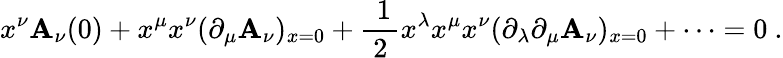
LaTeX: x^{\nu}{\cal\mathbf{A}}_{\nu}(0)+x^{\mu}x^{\nu}(\partial_{\mu}{\cal\mathbf{A}}_{\nu})_{x=0}+\mathrm{{\frac{{~1}}{{~2~}}}}x^{\lambda}x^{\mu}x^{\nu}(\partial_{\lambda}\partial_{\mu}{\cal\mathbf{A}}_{\nu})_{x=0}+\cdots=0\ .